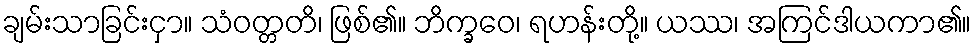
ချမ်းသာခြင်းငှာ။ သံဝတ္တတိ၊ ဖြစ်၏။ ဘိက္ခဝေ၊ ရဟန်းတို့။ ယဿ၊ အကြင်ဒါယကာ၏။